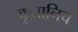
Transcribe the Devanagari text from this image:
कृतानिच